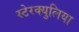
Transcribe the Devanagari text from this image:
स्टेरक्युलिया